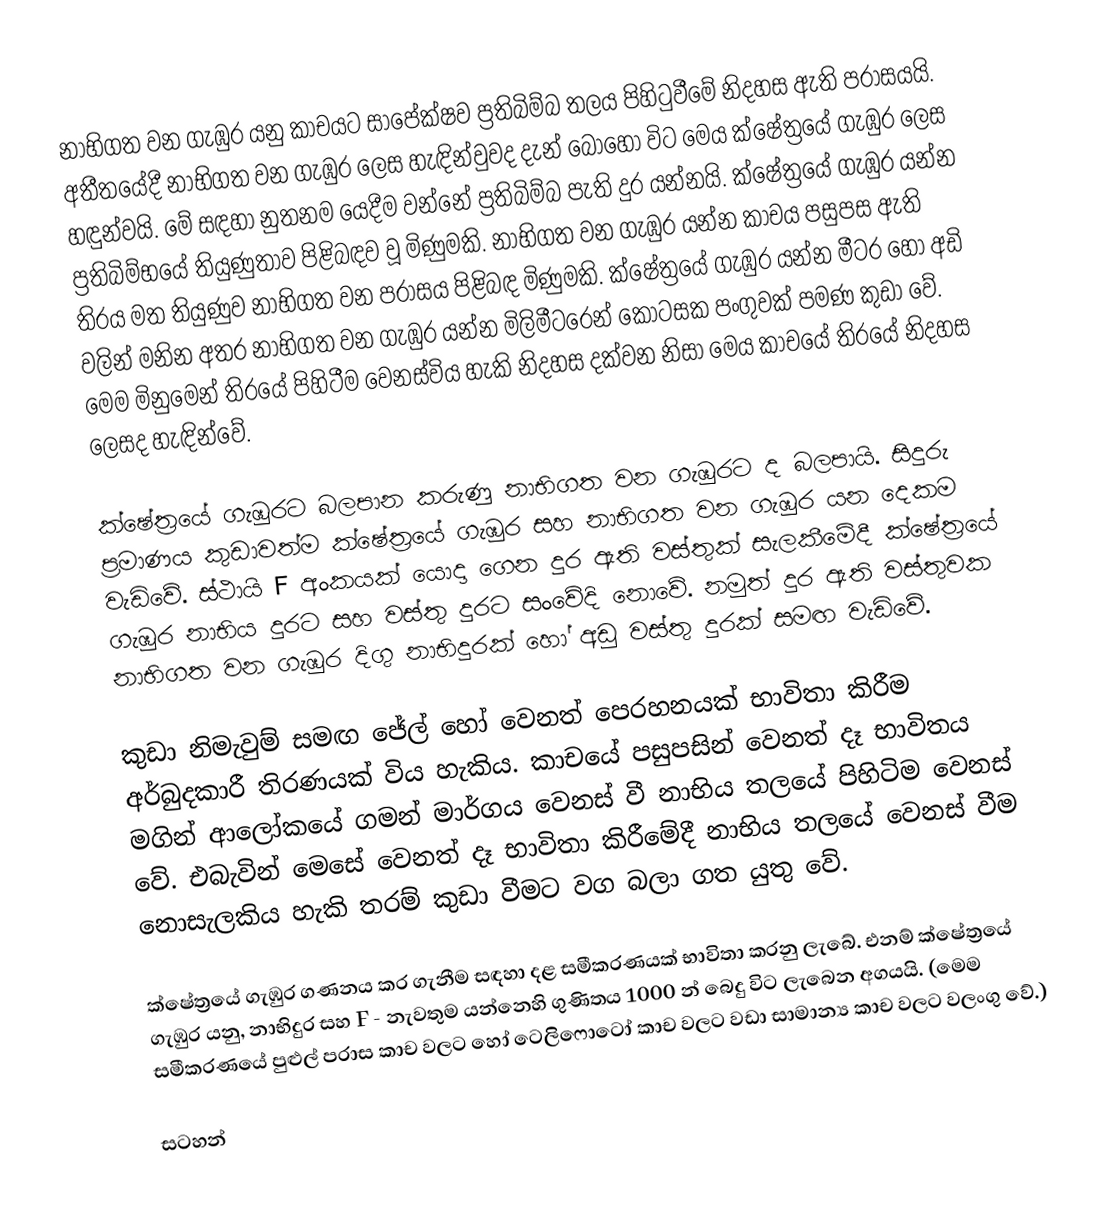
නාභිගත වන ගැඹුර යනු කාචයට සාපේක්ෂව ප්‍රතිබිම්බ තලය පිහිටුවීමේ නිදහස ඇති පරාසයයි. අතීතයේදී නාභිගත වන ගැඹුර ලෙස හැඳින්වුවද දැන් බොහෝ විට මෙය ක්ෂේත්‍රයේ ගැඹුර ලෙස හඳුන්වයි. මේ සඳහා නුතනම යෙදීම වන්නේ ප්‍රතිබිම්බ පැති දුර යන්නයි. ක්ෂේත්‍රයේ ගැඹුර යන්න ප්‍රතිබිම්භයේ තියුණුතාව පිළිබඳව වූ මිණුමකි. නාභිගත වන ගැඹුර යන්න කාචය පසුපස ඇති තිරය මත තියුණුව නාභිගත වන පරාසය පිළිබඳ මිණුමකි. ක්ෂේත්‍රයේ ගැඹුර යන්න මීටර හෝ අඩි වලින් මනින අතර නාභිගත වන ගැඹුර යන්න මිලිමීටරෙන් කොටසක පංගුවක් පමණ කුඩා වේ. මෙම මිනුමෙන් තිරයේ පිහිටීම වෙනස්විය හැකි නිදහස දක්වන නිසා මෙය  කාචයේ තිරයේ නිදහස  ලෙසද හැඳින්වේ.

ක්ෂේත්‍රයේ ගැඹුරට බලපාන කරුණු නාභිගත වන ගැඹුරට ද බලපායි. සිදුරු ප්‍රමාණය කුඩාවත්ම ක්ෂේත්‍රයේ ගැඹුර සහ නාභිගත වන ගැඹුර යන දෙකම වැඩිවේ. ස්ථායි F අංකයක් යොදා ගෙන දුර ඇති වස්තුක් සැලකීමේදී ක්ෂේත්‍රයේ ගැඹුර නාභිය දුරට සහ වස්තු දුරට සංවේදි නොවේ. නමුත් දුර ඇති වස්තුවක නාභිගත වන ගැඹුර දිගු නාභිදුරක් හෝ අඩු වස්තු දුරක් සමඟ වැඩිවේ.

කුඩා නිමැවුම් සමඟ ජේල් හෝ වෙනත් පෙරහනයක් භාවිතා කිරීම අර්බුදකාරී තිරණයක් විය හැකිය. කාචයේ පසුපසින් වෙනත් දෑ භාවිතය මගින් ආලෝකයේ ගමන් මාර්ගය වෙනස් වී නාභිය තලයේ පිහිටිම වෙනස් වේ. එබැවින් මෙසේ වෙනත් දෑ භාවිතා කිරීමේදී නාභිය තලයේ වෙනස් වීම නොසැලකිය හැකි තරම් කුඩා වීමට වග බලා ගත යුතු වේ.

ක්ෂේත්‍රයේ ගැඹුර ගණනය කර ගැනීම සඳහා දළ සමීකරණයක් භාවිතා කරනු ලැබේ. එනම් ක්ෂේත්‍රයේ ගැඹුර යනු, නාභිදුර සහ F - නැවතුම යන්නෙහි ගුණිතය 1000 න් බෙදු විට ලැබෙන අගයයි. (මෙම සමීකරණයේ පුළුල් පරාස කාච වලට හෝ ටෙලිෆොටෝ කාච වලට වඩා සාමාන්‍ය කාච වලට වලංගු වේ.)

සටහන්